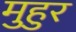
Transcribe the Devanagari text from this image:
मुहुर